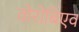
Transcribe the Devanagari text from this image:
वोरोबिएव